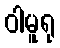
ဝါမူရု